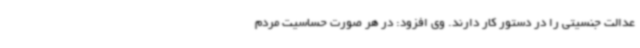
عدالت جنسیتی را در دستور کار دارند. وی افزود: در هر صورت حساسیت مردم